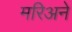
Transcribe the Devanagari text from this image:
मरिअने